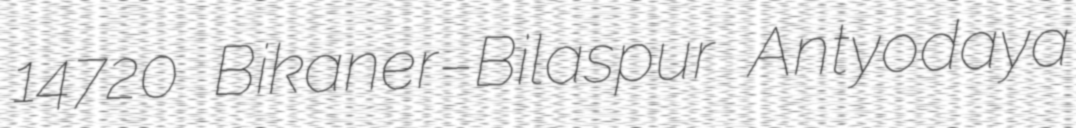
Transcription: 14720 Bikaner–Bilaspur Antyodaya